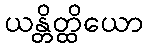
ယန္တိတ္ထိယော